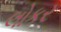
લોકર